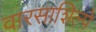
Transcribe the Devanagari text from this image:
वारसाशिल्पे